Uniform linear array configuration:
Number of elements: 4
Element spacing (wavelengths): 0.75
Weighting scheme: hamming
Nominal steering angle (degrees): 60
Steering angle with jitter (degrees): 60.587
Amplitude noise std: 0.05
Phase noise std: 0.05

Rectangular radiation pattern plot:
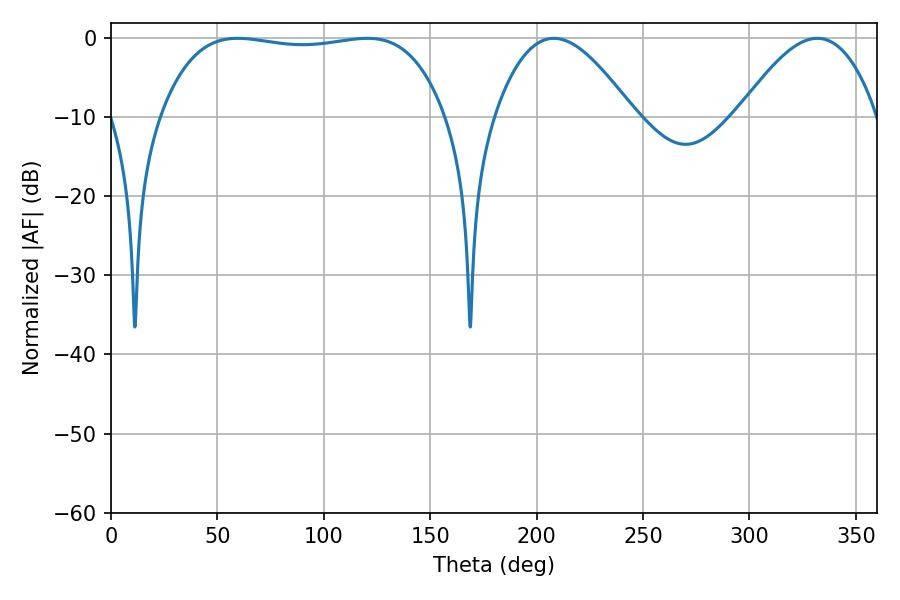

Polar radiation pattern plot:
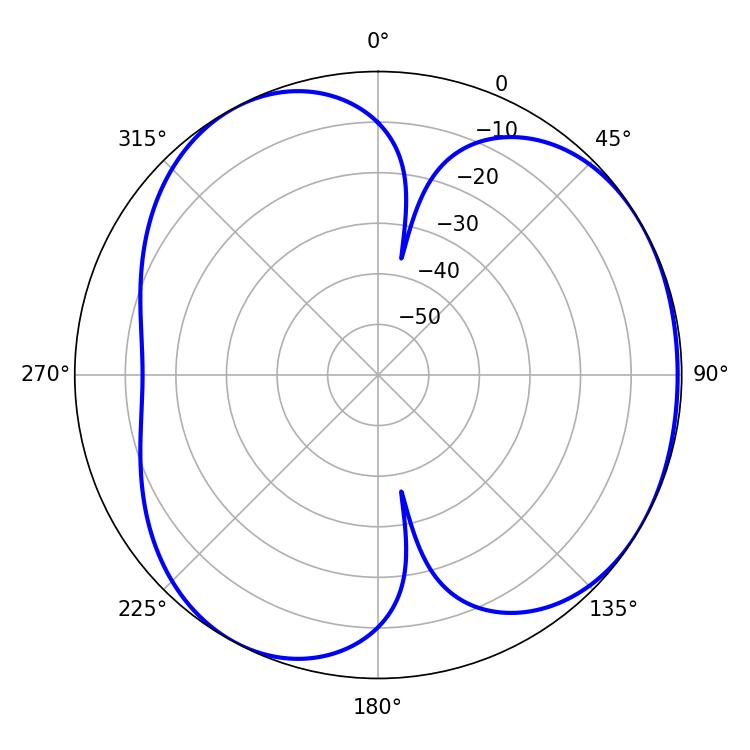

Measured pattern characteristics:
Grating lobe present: TRUE
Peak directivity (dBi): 4.051
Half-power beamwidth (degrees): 106.56
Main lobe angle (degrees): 59.58